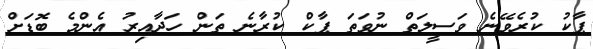
ޕާކު ކުރެވޭނެ ވަސީލަތް ނުވަތަ ޕާކް ކުރާނެ ތަން ހަދާއިރު އެންމެ ބޮޑަށް